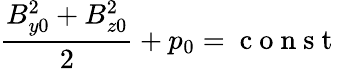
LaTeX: \frac{B_{y0}^{2}+B_{z0}^{2}}{2}+p_{0}=\mathrm{~c~o~n~s~t~}